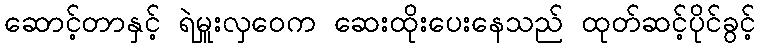
ဆောင့်တာနှင့် ရဲမှူးလှဝေက ဆေးထိုးပေးနေသည် ထုတ်ဆင့်ပိုင်ခွင့်